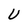
Character: U